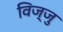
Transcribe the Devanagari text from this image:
विज्जु